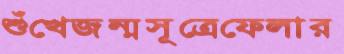
শুঁখেজন্মসূত্রেফেলার